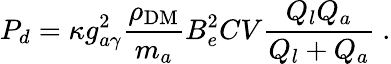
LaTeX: P_{d}=\kappa g_{a\gamma}^{2}\frac{\rho_{\mathrm{DM}}}{m_{a}}B_{e}^{2}CV\frac{Q_{l}Q_{a}}{Q_{l}+Q_{a}}~.